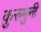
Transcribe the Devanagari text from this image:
कुरुमुनी